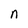
Character: n